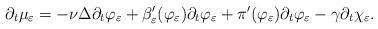
LaTeX: \begin{align*} \partial_t \mu_{\varepsilon}= - \nu \Delta \partial_t \varphi_{\varepsilon} + \beta_{\varepsilon}'(\varphi_{\varepsilon})\partial_t \varphi_{\varepsilon} + \pi'(\varphi_{\varepsilon})\partial_t \varphi_{\varepsilon} - \gamma \partial_t \chi_{\varepsilon}.\end{align*}